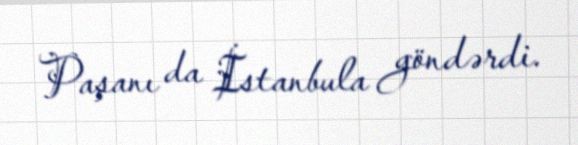
Paşanı da İstanbula göndərdi.